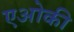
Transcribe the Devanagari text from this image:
एओकी